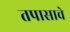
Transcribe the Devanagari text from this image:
तपासाचे